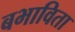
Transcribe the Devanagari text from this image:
बभाविता